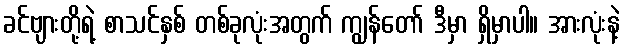
ခင်ဗျားတို့ရဲ့ စာသင်နှစ် တစ်ခုလုံးအတွက် ကျွန်တော် ဒီမှာ ရှိမှာပါ။ အားလုံးနဲ့